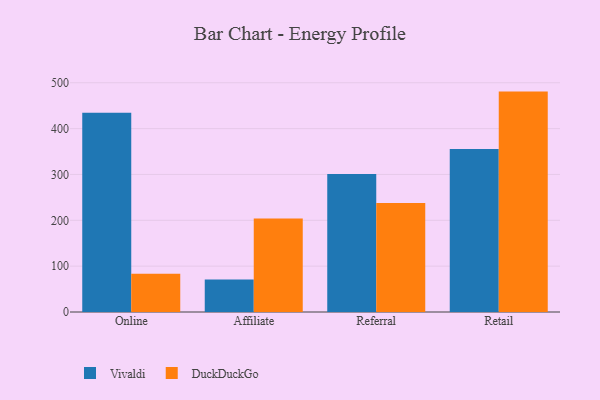
{"axis": {"x": "Channel", "y": "Energy Usage (MWh)"}, "legend": ["DuckDuckGo", "Vivaldi"], "data": [{"x": "Online", "y": 434.5, "type": "Vivaldi"}, {"x": "Online", "y": 83.5, "type": "DuckDuckGo"}, {"x": "Affiliate", "y": 71.1, "type": "Vivaldi"}, {"x": "Affiliate", "y": 203.7, "type": "DuckDuckGo"}, {"x": "Referral", "y": 300.9, "type": "Vivaldi"}, {"x": "Referral", "y": 237.9, "type": "DuckDuckGo"}, {"x": "Retail", "y": 355.5, "type": "Vivaldi"}, {"x": "Retail", "y": 480.7, "type": "DuckDuckGo"}]}